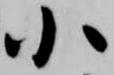
小